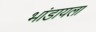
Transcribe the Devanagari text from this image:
भांडायला